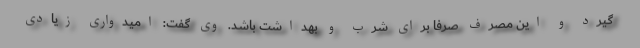
گیرد و این مصرف صرفا برای شرب و بهداشت باشد. وی گفت: امیدواری زیادی